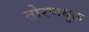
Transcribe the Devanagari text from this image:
तोरणयुक्त